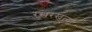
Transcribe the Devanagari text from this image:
रखरखत्या